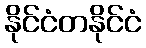
နိုင်ငံတနိုင်ငံ